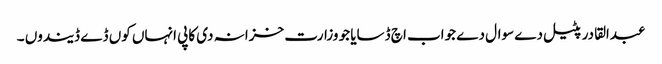
عبدالقادر پٹیل دے سوال دے جواب اچ ڈسایا جو وزارت خزانہ دی کاپی انہاں کوں ڈے ڈیندوں ۔